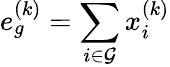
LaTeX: e_{g}^{(k)}=\sum_{i\in\mathcal{G}}x_{i}^{(k)}